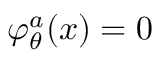
\varphi _ { \theta } ^ { a } ( x ) = 0